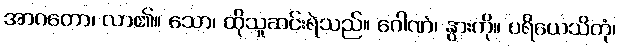
အာဂတော၊ လာ၏။ သော၊ ထိုသူဆင်းရဲသည်။ ဂေါဏံ၊ နွားကို။ ပရိယေသိတုံ၊